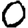
Digit: 0